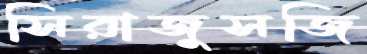
সিরাজুসজি